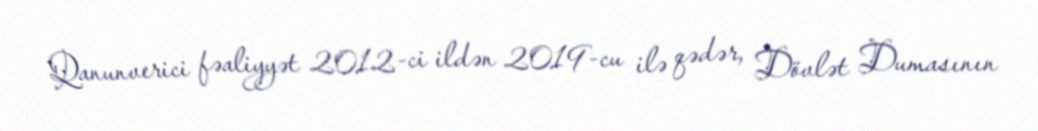
Qanunverici fəaliyyət 2012-ci ildən 2019-cu ilə qədər, Dövlət Dumasının